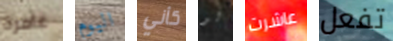
غامرة اليوم كأني لو عاشرت تفعل